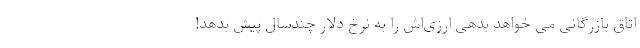
اتاق بازرگانی می خواهد بدهی ارزی‌اش را به نرخ دلار چندسال پیش بدهد!